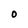
Character: 0